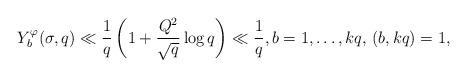
LaTeX: \begin{align*}Y_b^\varphi(\sigma,q)\ll \frac{1}{q}\left(1+\frac{Q^2}{\sqrt{q}}\log q\right)\ll \frac{1}{q},b=1,\ldots,kq,\, (b,kq)=1,\end{align*}